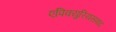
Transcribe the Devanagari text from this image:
एपिक्युरियसवाद